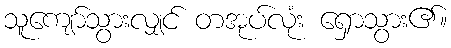
သူကျော်သွားလျှင် တအုပ်လုံး ရှောသွား၏။